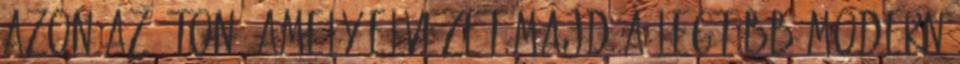
azon az úton, amely elvezet majd a legtöbb modern